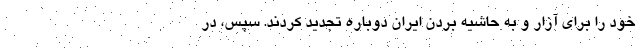
خود را برای آزار و به حاشیه بردن ایران دوباره تجدید کردند. سپس، در